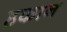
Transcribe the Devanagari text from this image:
हकान